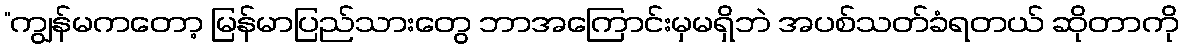
“ကျွန်မကတော့ မြန်မာပြည်သားတွေ ဘာအကြောင်းမှမရှိဘဲ အပစ်သတ်ခံရတယ် ဆိုတာကို